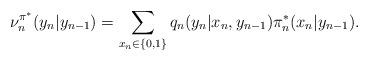
LaTeX: \begin{align*}\nu^{\pi^*}_n(y_n|y_{n-1})=\sum_{x_n\in\{0,1\}}q_n(y_n|x_n,y_{n-1})\pi^*_n(x_n|y_{n-1}).\end{align*}